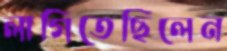
লাগিতেছিলেন